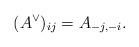
LaTeX: \begin{align*} (A^\vee)_{ij}= A_{-j, -i}. \end{align*}